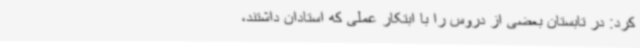
کرد: در تابستان بعضی از دروس را با ابتکار عملی که استادان داشتند،